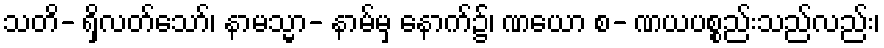
သတိ- ရှိလတ်သော်၊ နာမသ္မာ- နာမ်မှ နောက်၌၊ ဏယော စ- ဏယပစ္စည်းသည်လည်း၊